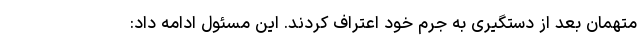
متهمان بعد از دستگیری به جرم خود اعتراف کردند. این مسئول ادامه داد: